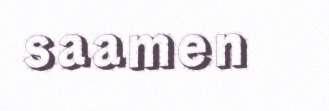
saamen